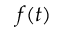
f ( t )